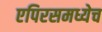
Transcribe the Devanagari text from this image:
एपिरसमध्येच